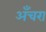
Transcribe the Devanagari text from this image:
अँचरा